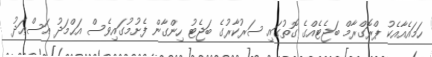
ހަމައެއާއެކު ޕްރޮގްރާމް ބަޖެޓެއްގެ ގޮތުގައި ސަރުކާރުގެ ބަޖެޓު ހިންގާން ފެށުމުގައިވެސް އަޙްމަދު އަސްޢަދު